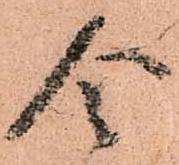
令